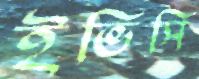
ইভিসি